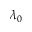
\lambda _ { 0 }